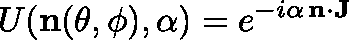
U ( \mathbf { n ( \theta , \phi ) } , \alpha ) = e ^ { - i \alpha \, \mathbf { n } \cdot \mathbf { J } }